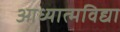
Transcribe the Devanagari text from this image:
आध्यात्मविद्या